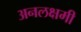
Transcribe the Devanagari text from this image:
अनलक्षमी